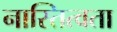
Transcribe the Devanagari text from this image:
नास्तित्वता